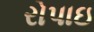
રોપાઇ